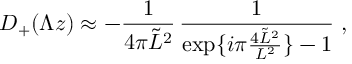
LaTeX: D _ { + } ( \Lambda z ) \approx - \frac { 1 } { 4 \pi \tilde { L } ^ { 2 } } \, \frac { 1 } { \exp \{ i \pi \frac { 4 \tilde { L } ^ { 2 } } { L ^ { 2 } } \} - 1 } \; ,